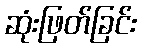
ဆုံးဖြတ်ခြင်း